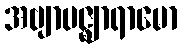
အဗျာပဇ္ဈာရာမော